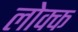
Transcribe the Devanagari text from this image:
लोक्क